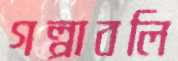
গল্পাবলি